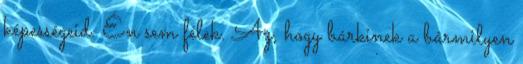
képességeid. Én sem félek. Az, hogy bárkinek a bármilyen